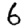
Digit: 6